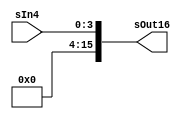
module sign_ext(sOut16,sIn4);

output [15:0] sOut16;
input [3:0] sIn4;

assign sOut16 = {12'h000, sIn4};

endmodule